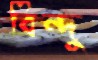
বিন্দু